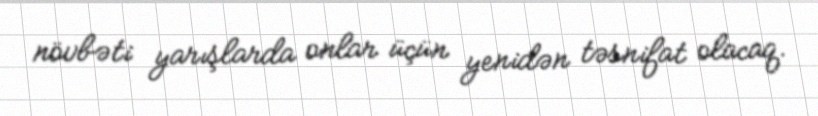
növbəti yarışlarda onlar üçün yenidən təsnifat olacaq.